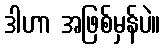
ဒါဟာ အဖြစ်မှန်ပဲ။